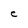
Character: C